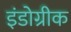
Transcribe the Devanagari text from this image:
इंडोग्रीक